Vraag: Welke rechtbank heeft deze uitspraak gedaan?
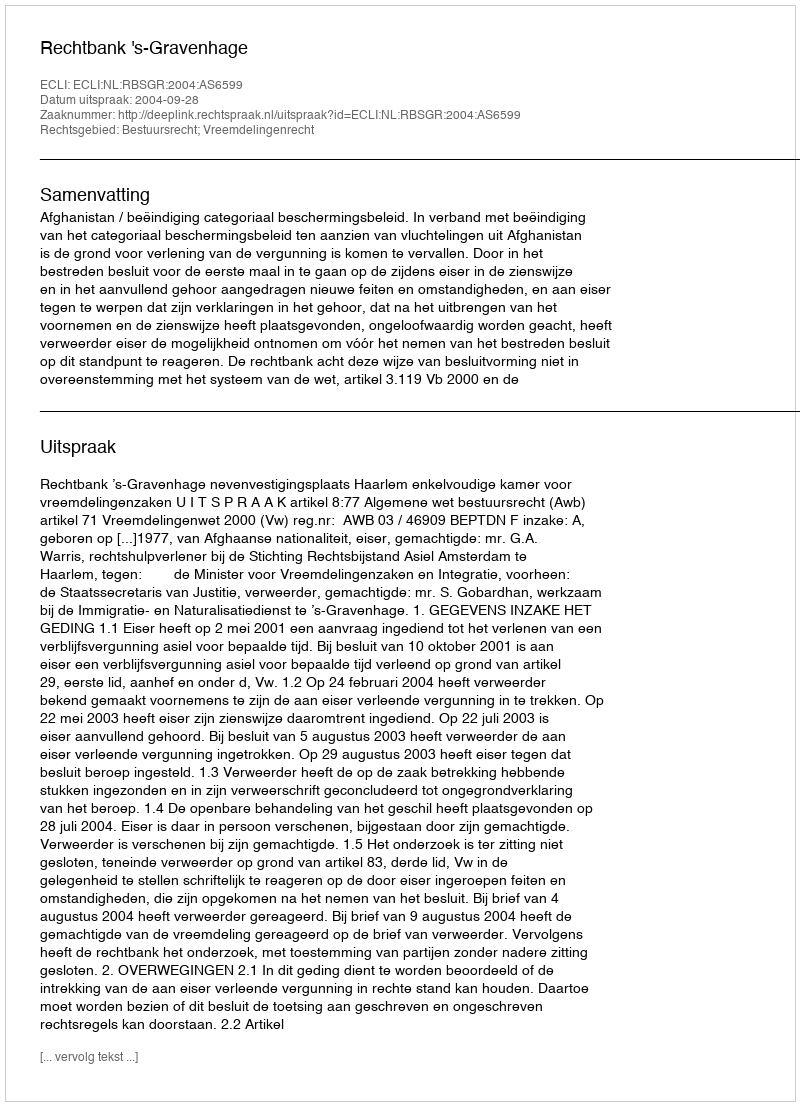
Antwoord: Rechtbank 's-Gravenhage